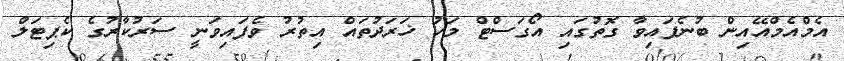
އެމްއެމްއޭއިން ބުނެފައިވާ ގޮތުގައި އޯގަސްޓް މަހު ޚަރަދުތައް އިތުރު ވެފައިވަނީ ސަރުކާރުގެ ކެޕިޓަލް